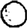
Digit: 0